65_HS1-834228961_62-HQ-83894_Section_6
Agency: FBI
Page 204
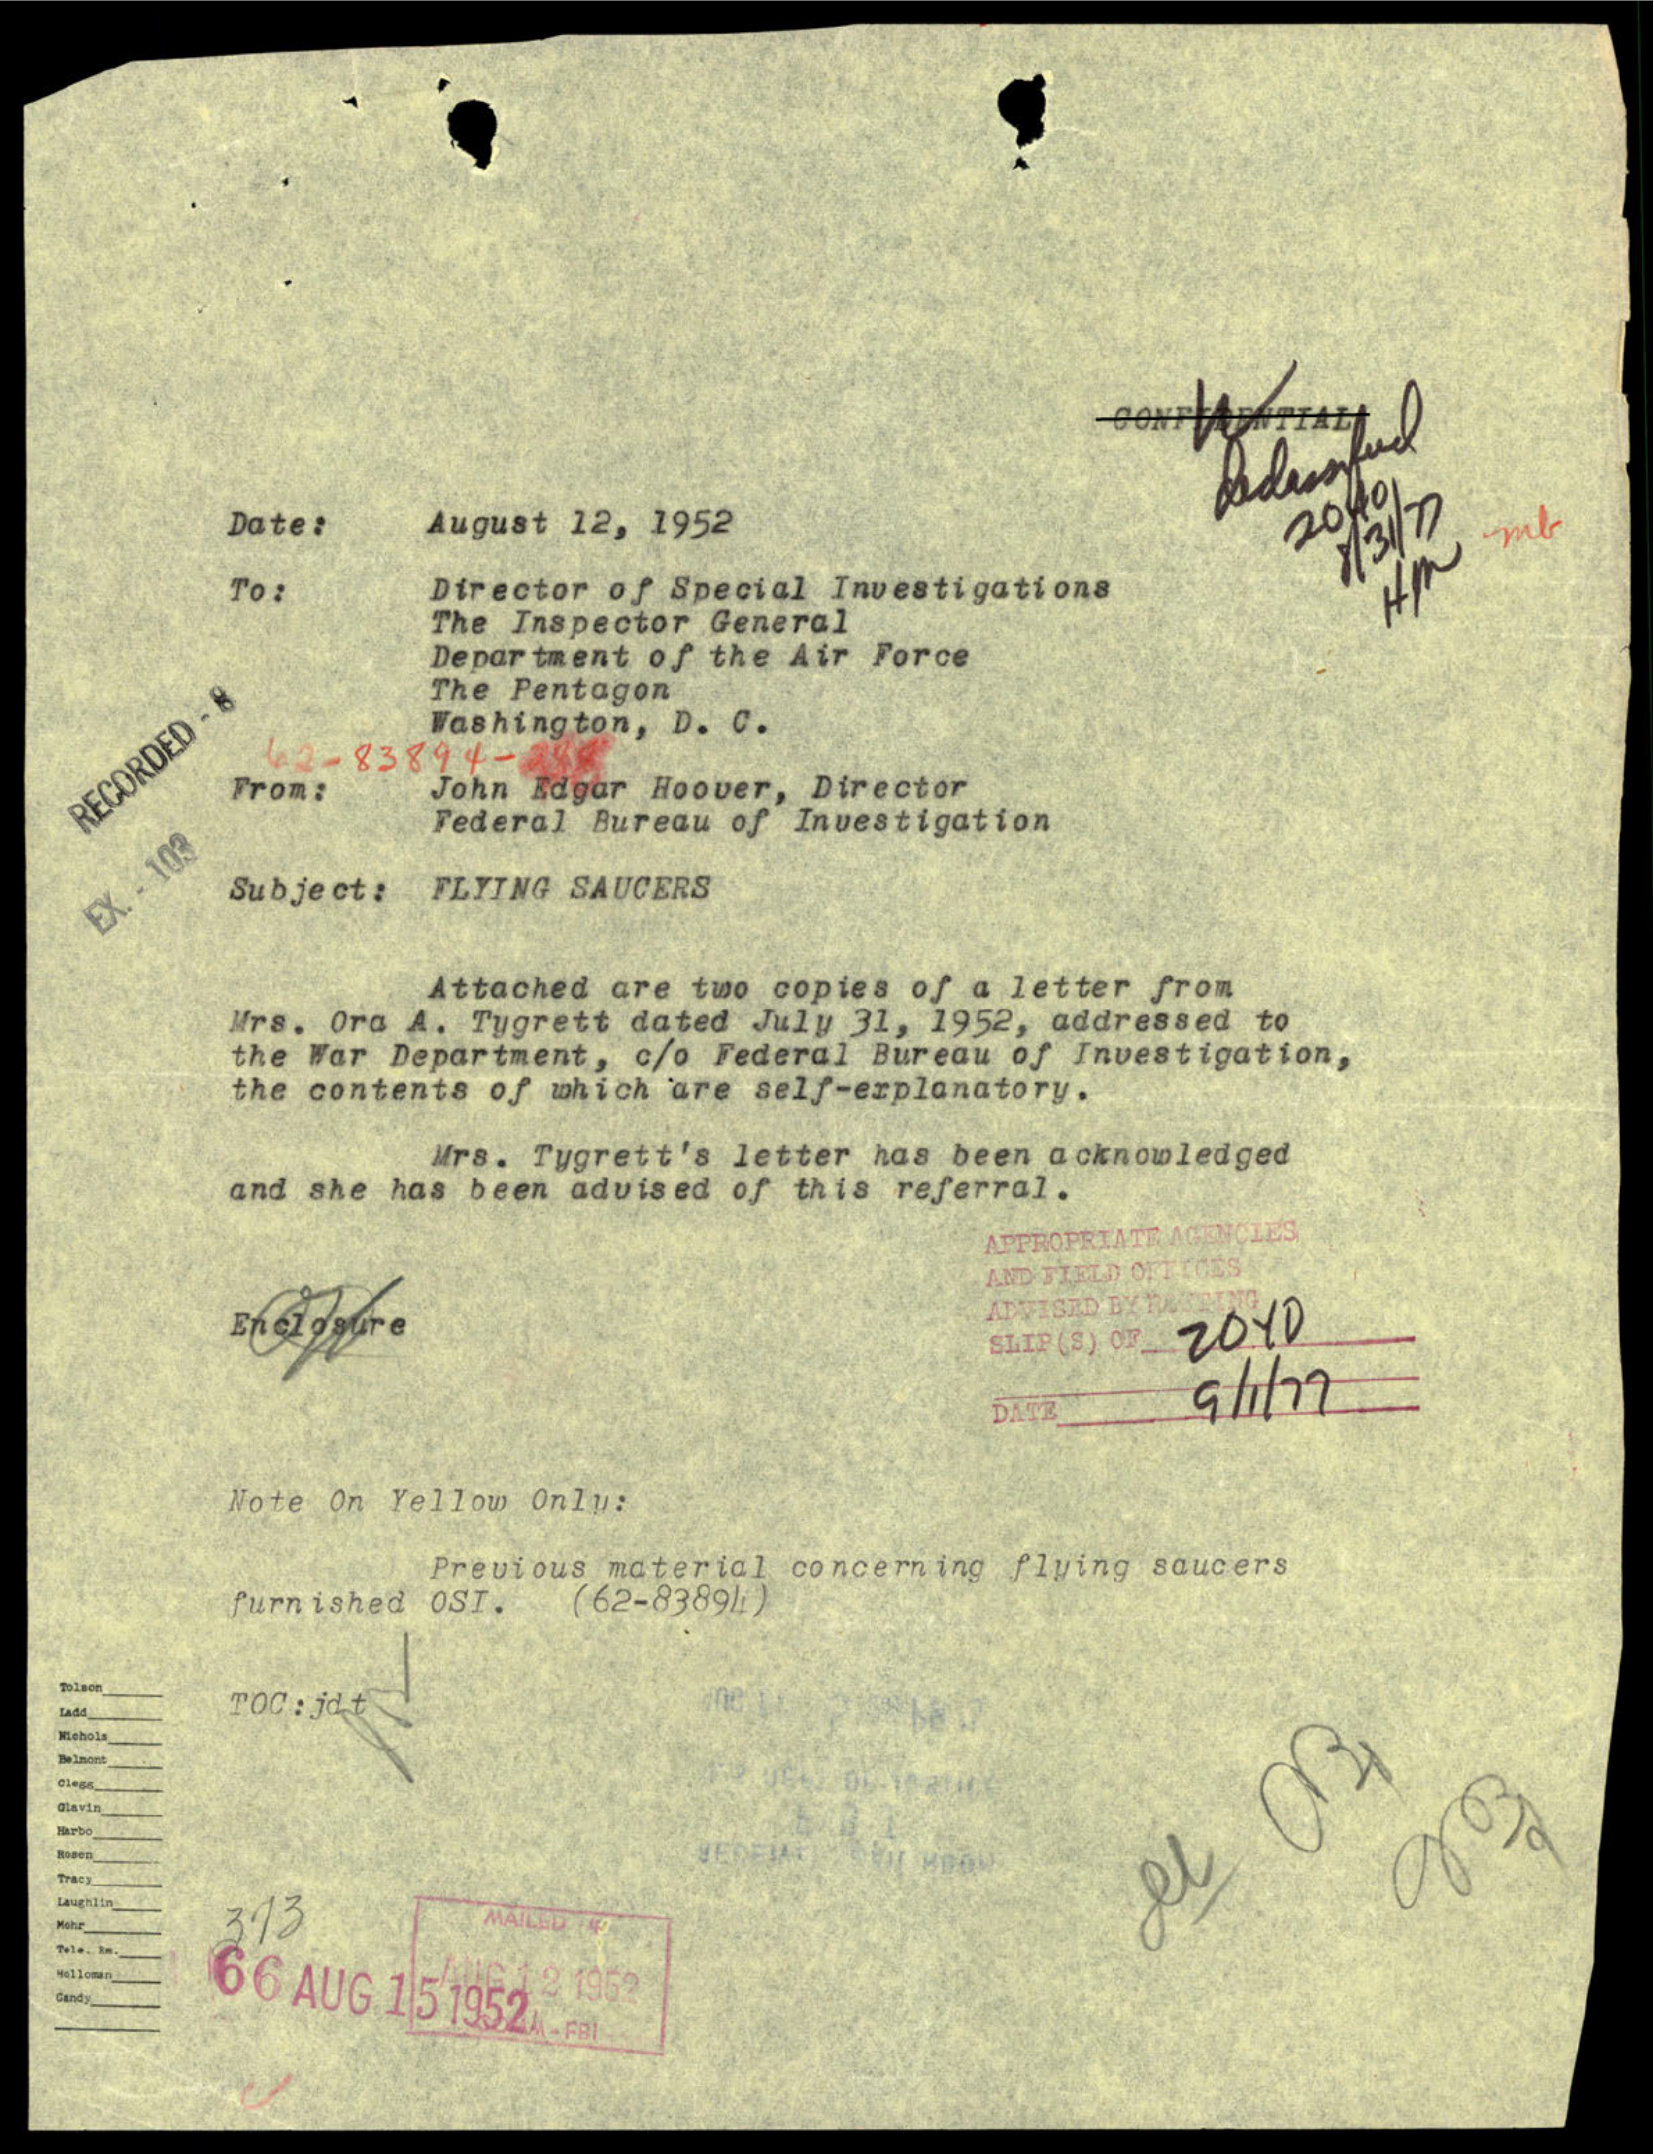